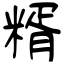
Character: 糈